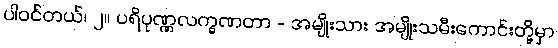
ပါဝင်တယ်၊ ၂။ ပရိပုဏ္ဏလက္ခဏတာ - အမျိုးသား အမျိုးသမီးကောင်းတို့မှာ